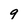
Character: 9